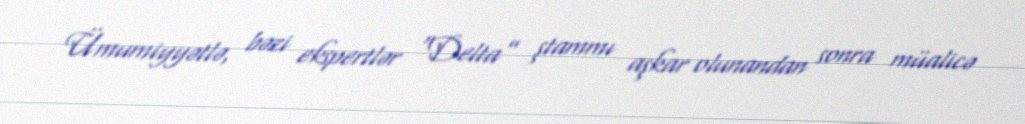
Ümumiyyətlə, bəzi ekspertlər “Delta” ştammı aşkar olunandan sonra müalicə